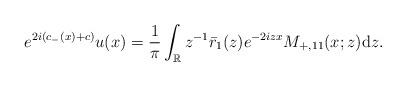
LaTeX: \begin{align*}e^{2i(c_-(x)+c)} u(x)=\frac{1}{\pi} \int_{\mathbb{R}} z^{-1}\bar{r}_1(z) e^{-2 i z x} M_{+,11}(x ;z) \mathrm{d}z.\end{align*}